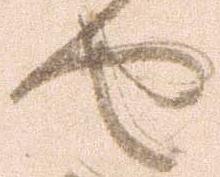
せ